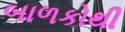
બાળકોથી